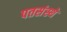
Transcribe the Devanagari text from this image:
पतसंस्थे